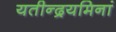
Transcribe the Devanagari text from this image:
यतीन्द्रयमिनां